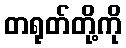
တရုတ်တို့ကို